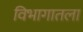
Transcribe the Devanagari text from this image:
विभागातला